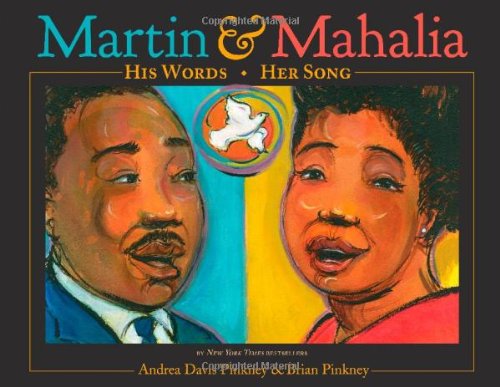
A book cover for Martin & Mahalia: His Words, Her Song; Andrea Davis Pinkney; Children's Books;